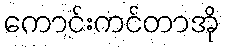
ကောင်းကင်တာအို